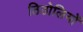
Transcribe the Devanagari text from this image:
ठिठोलियों